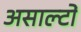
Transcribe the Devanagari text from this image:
असाल्टों